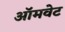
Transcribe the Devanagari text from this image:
ऑमवेट